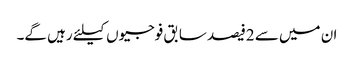
ان میں سے 2فیصد سابق فوجیوں کیلئے رہیں گے۔